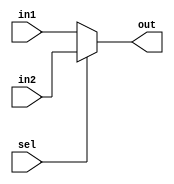
module MUX #(parameter width = 32)(in1,in2,sel,out);
input [width-1:0]in1,in2;
input sel;
output reg [width-1:0]out;
always @(*) begin
    if(sel)
    out=in2;
    else
    out=in1;
end
endmodule